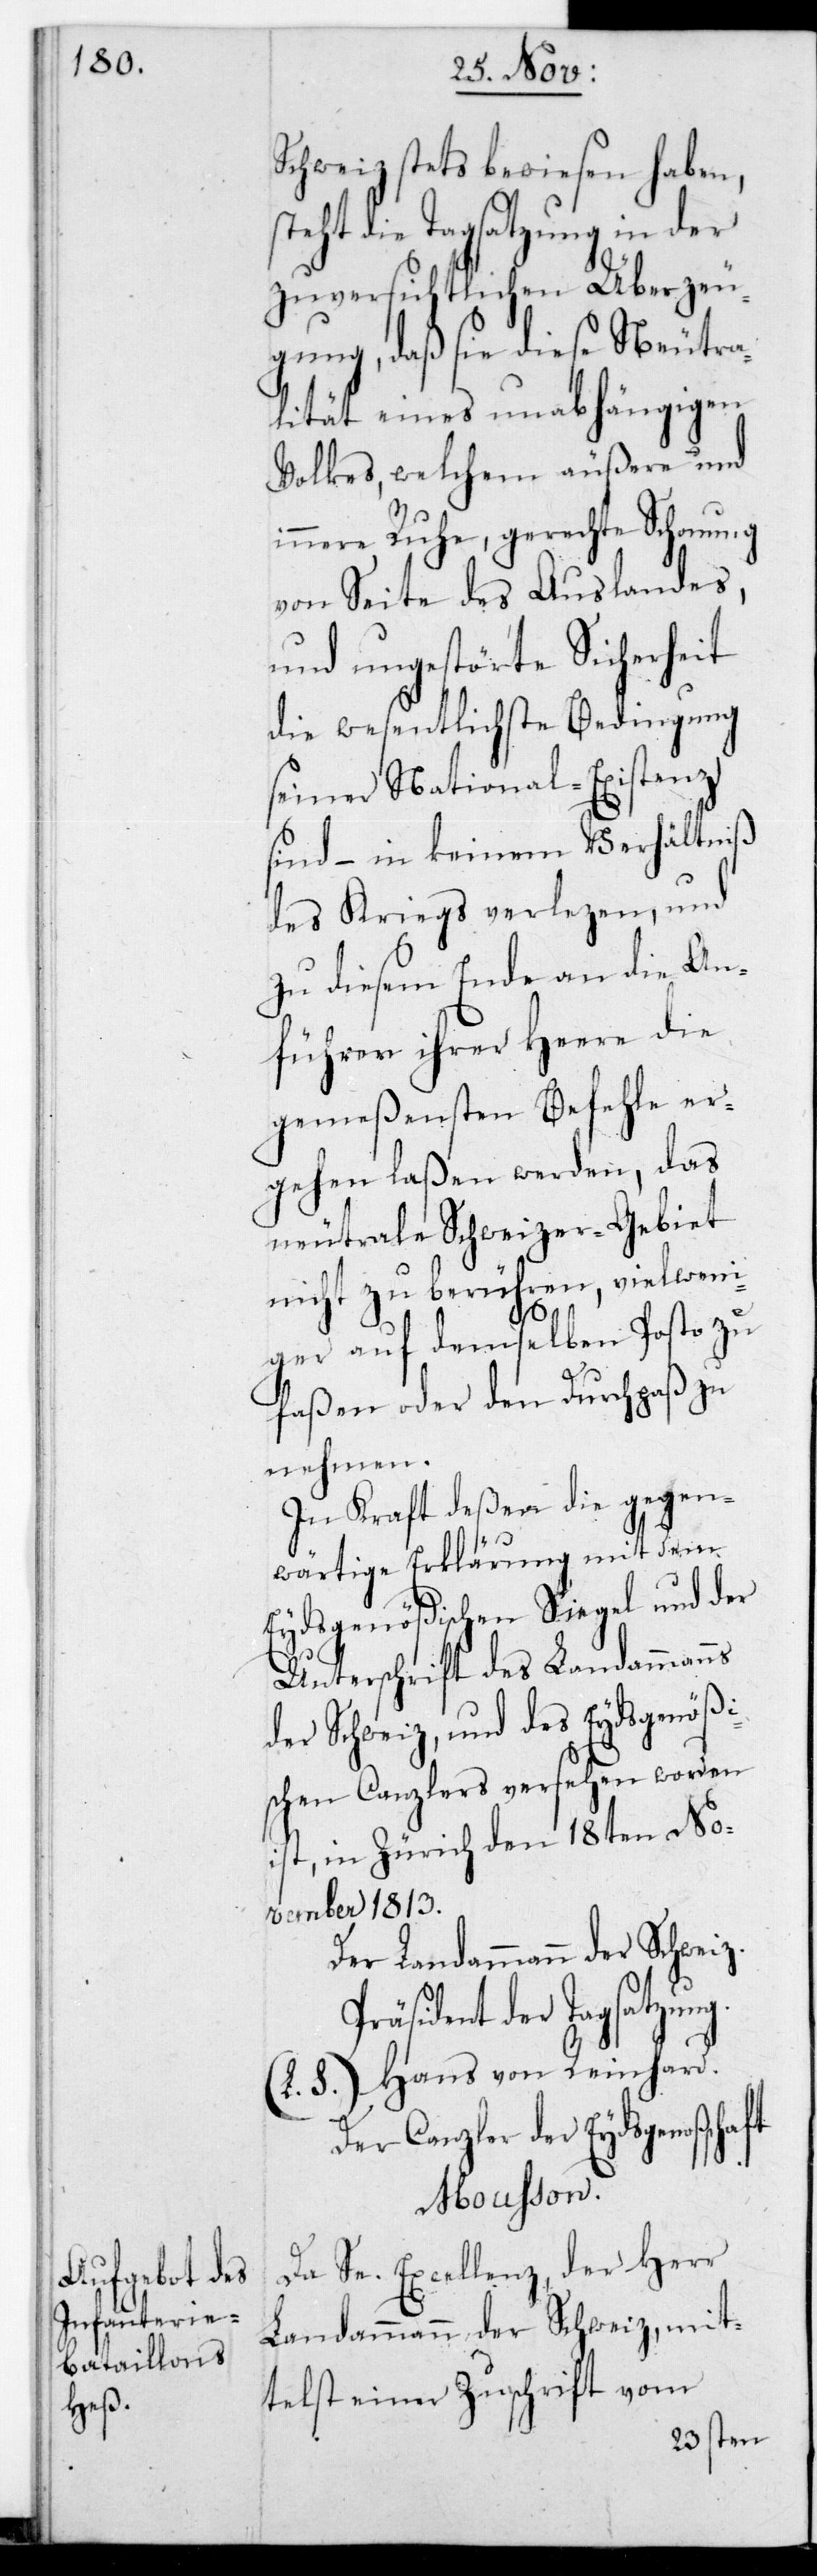
Schweiz stets bewiesen haben,
steht die Tagsatzung in der
zuversichtlichen Überzeu¬
gung, daß sie diese Neutra¬
lität eines unabhängigen
Volkes, welchem äußere und
innere Ruhe, gerechte Schonung
von Seite des Auslandes,
und ungestörte Sicherheit
die wesentlichste Bedingung
seiner National-Existenz
sind, – in keinem Verhältniß
des Kriegs verletzen, und
zu diesem Ende an die An¬
führer ihrer Heere die
ergehen laßen werden, das
neutrale Schweizer-Gebiet
nicht zu berühren, viel wen¬
iger auf demselben Posto zu
faßen oder den Durchpaß zu
nehmen.
In Kraft deßen die gegen¬
wärtige Erklärung mit dem
Eydsgenößischen Siegel und der
Unterschrift des Landammanns
der Schweiz, und des Eydsgenößi¬
schen Canzlers versehen worden
ist, in Zürich den 18ten No¬
vember 1813.
Der Landammann der Schweiz.
Präsident der Tagsatzung.
(L. S.) Hans von Reinhard.
Der Canzler der Eydsgenoßen¬
Mousson
Da Se. Excellenz der Herr
Landammann der Schweiz mit¬
telst einer Zuschrift vom